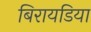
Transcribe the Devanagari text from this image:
बिरायडिया